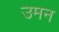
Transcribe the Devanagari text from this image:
उमन